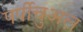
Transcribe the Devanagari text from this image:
पर्पीचुअल